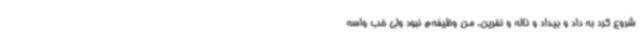
شروع کرد به داد و بیداد و ناله و نفرین. من وظیفه‌م نبود ولی خب واسه